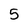
Character: 5